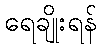
ရေချိုးရန်